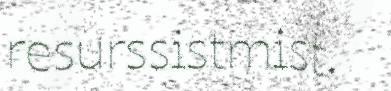
resurssistmist.